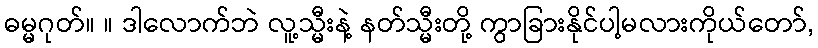
ဓမ္မဂုတ်။ ။ ဒါလောက်ဘဲ လူ့သ္မီးနဲ့ နတ်သ္မီးတို့ ကွာခြားနိုင်ပါ့မလားကိုယ်တော်,